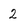
Character: 2